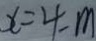
x = 4 - m